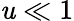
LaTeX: \mathit{u}\ll1